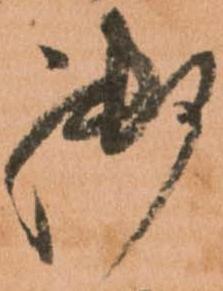
御